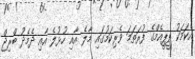
އެކަމަކު ޕީޕީއެމްގެ ފުރަތަމަ ވެރިކަމުގައި މާލެ އާއި ހުޅުލެ އާއި ދެމެދު ބްރިޖް